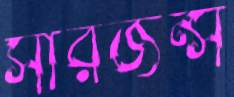
সারজন্স